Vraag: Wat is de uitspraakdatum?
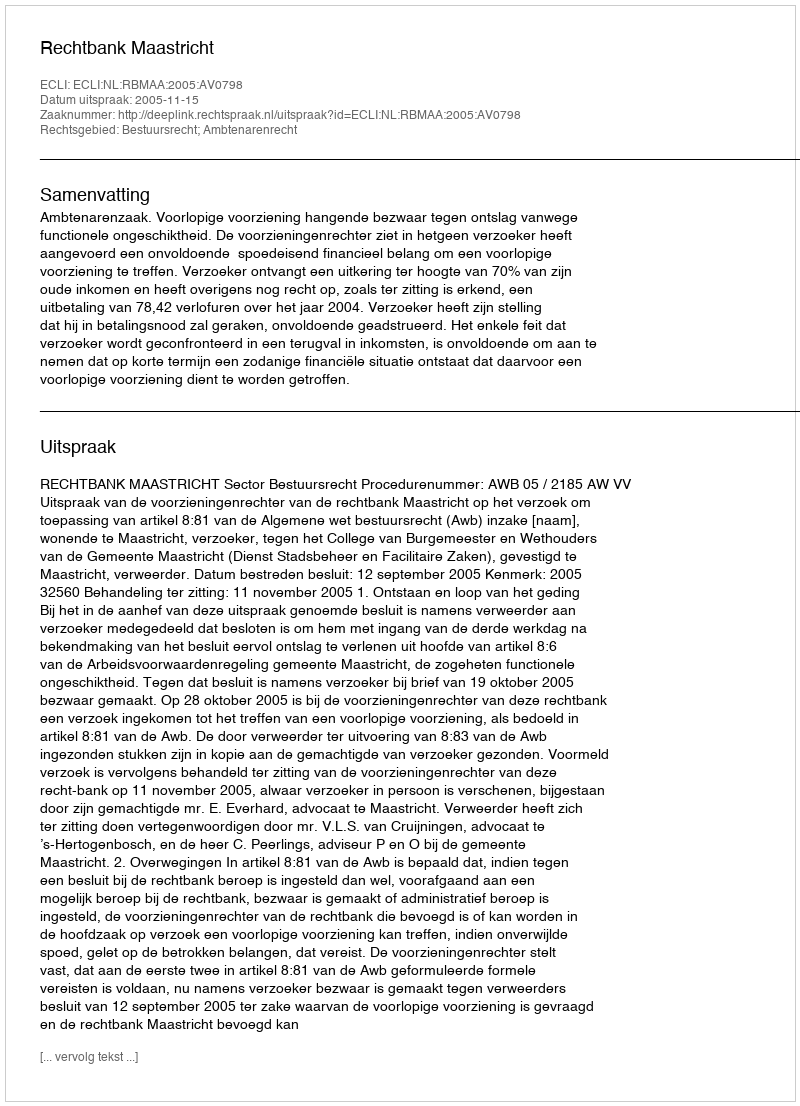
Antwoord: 2005-11-15